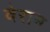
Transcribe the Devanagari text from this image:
वेरान